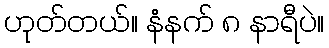
ဟုတ်တယ်။ နံနက် ၈ နာရီပဲ။